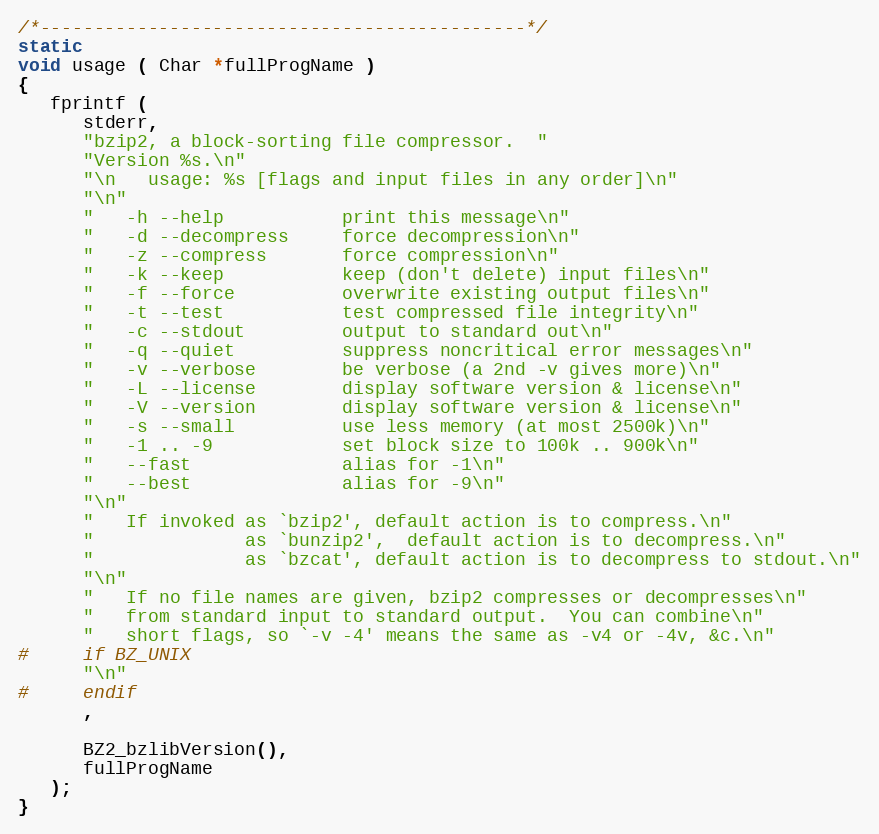
Language: C
/*---------------------------------------------*/
static
void usage ( Char *fullProgName )
{
   fprintf (
      stderr,
      "bzip2, a block-sorting file compressor.  "
      "Version %s.\n"
      "\n   usage: %s [flags and input files in any order]\n"
      "\n"
      "   -h --help           print this message\n"
      "   -d --decompress     force decompression\n"
      "   -z --compress       force compression\n"
      "   -k --keep           keep (don't delete) input files\n"
      "   -f --force          overwrite existing output files\n"
      "   -t --test           test compressed file integrity\n"
      "   -c --stdout         output to standard out\n"
      "   -q --quiet          suppress noncritical error messages\n"
      "   -v --verbose        be verbose (a 2nd -v gives more)\n"
      "   -L --license        display software version & license\n"
      "   -V --version        display software version & license\n"
      "   -s --small          use less memory (at most 2500k)\n"
      "   -1 .. -9            set block size to 100k .. 900k\n"
      "   --fast              alias for -1\n"
      "   --best              alias for -9\n"
      "\n"
      "   If invoked as `bzip2', default action is to compress.\n"
      "              as `bunzip2',  default action is to decompress.\n"
      "              as `bzcat', default action is to decompress to stdout.\n"
      "\n"
      "   If no file names are given, bzip2 compresses or decompresses\n"
      "   from standard input to standard output.  You can combine\n"
      "   short flags, so `-v -4' means the same as -v4 or -4v, &c.\n"
#     if BZ_UNIX
      "\n"
#     endif
      ,

      BZ2_bzlibVersion(),
      fullProgName
   );
}